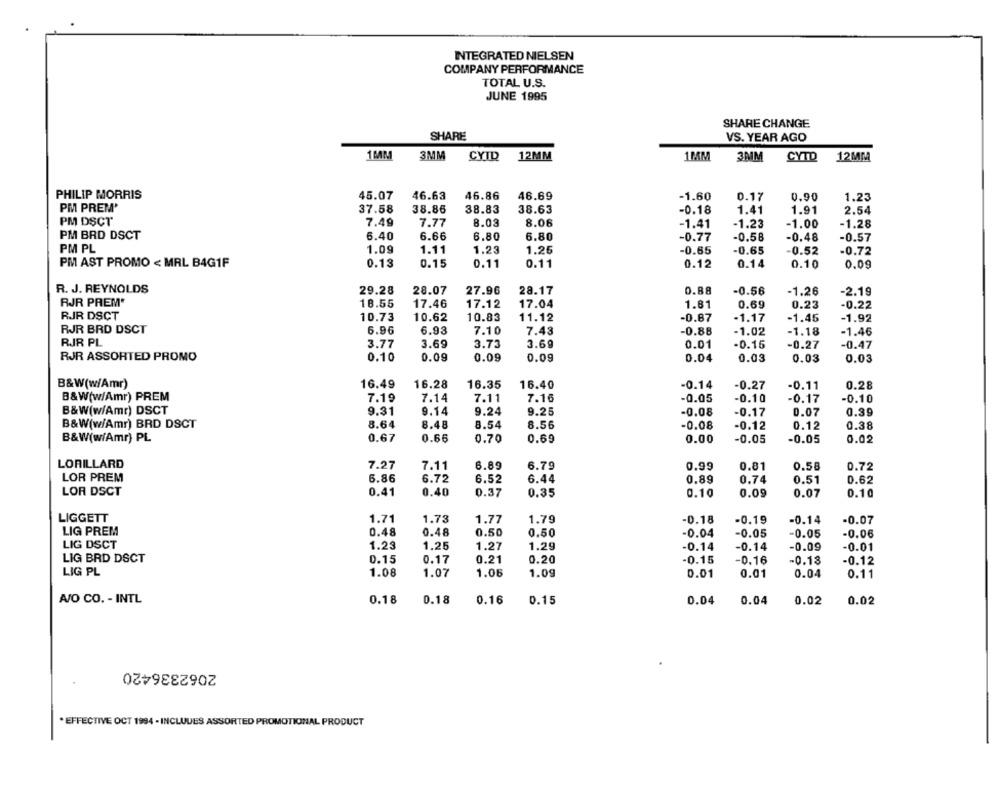
INTEGRATED NIELSEN
COMPANY PERFORMANCE
TOTAL U.S.
JUNE 1995
SHARE CHANGE
SHARE
VS. YEAR AGO
1 MM
3MM
CYID
12MM
1MM
3MM
CYTD
12MM
PHILIP MORRIS
45.07
46.63
46.86
46.69
-1.60
0.17
0.90
1.23
PM PREM'
37.58
38.86
38.83
38.63
-0.18
1.41
1.91
2.54
PM DSCT
7.49
7.77
8.03
8.06
-1.41
-1.23
-1.00
-1.28
PM BRD DSCT
6.40
6.66
6.80
6.80
-0.77
-0.58
-0.48
-0.57
PM PL
1.09
1.11
1.23
1.25
-0.65
-0.65
-0.52
-0.72
PM AST PROMO < MRL BAG1F
0.13
0.15
0.11
0.11
0.12
0.14
0.10
0.09
R. J. REYNOLDS
29.28
28.07
27.96
28.17
0.88
-0.56
-1.26
-2.19
RJR PREM*
18.55
17.46
17.12
17.04
1.81
0.69
0.23
-0.22
RJR DSCT
10.73
10.62
10.83
11.12
-0.87
-1.17
-1.45
-1.92
RJR BRD DSCT
6.96
6.93
7.10
7.43
-0.88
-1.02
-1.18
-1.46
RJR PL
3.77
3.69
3.73
3.69
0.01
-0.15
-0.27
-0.47
RJR ASSORTED PROMO
0.10
0.09
0.09
0.09
0.04
0.03
0.03
0.03
B&W(w/Amr)
16.49
16.28
16.35
16.40
-0.14
-0.27
-0.11
0.28
B&W(w/Amr) PREM
7.19
7.14
7.11
7.16
-0.05
-0.10
-0.17
-0.10
B&W(w/Amr) DSCT
9.31
9.14
9.24
9.25
-0.08
-0.17
0.07
0.39
B&W(w/Amr) BRD DSCT
8.64
8.48
8.54
8.56
-0.08
-0.12
0.12
0.38
B&W(w/Amr) PL
0.67
0.66
0.70
0.69
0.00
-0.05
-0.05
0.02
LORILLARD
7.27
7.11
6.89
6.79
0.99
0.81
0.58
0.72
LOR PREM
6.86
6.72
6.52
6.44
0.89
0.74
0.51
0.62
LOR DSCT
0.41
0.40
0.37
0.35
0.10
0.09
0.07
0.10
LIGGETT
1.71
1.73
1.77
1.79
-0.18
-0.19
-0.14
-0.07
LIG PREM
0.48
0.48
0.50
0.50
-0.04
-0.05
-0.05
-0.06
LIG DSCT
1.23
1.25
1.27
1.29
-0.14
-0.14
-0.09
-0.01
LIG BRD DSCT
0.15
0.17
0.21
0.20
-0.15
-0. 16
-0.18
-0.12
LIG PL
1.08
1.07
1.06
1.09
0.01
0.01
0.04
0.11
AJO CO. - INTL
0.18
0.18
0.16
0.15
0.04
0.04
0.02
0.02
2062336420
* EFFECTIVE OCT 1994 - INCLUDES ASSORTED PROMOTIONAL PRODUCT